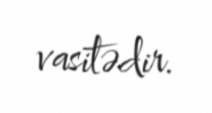
vasitədir.